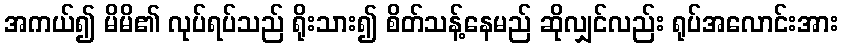
အကယ်၍ မိမိ၏ လုပ်ရပ်သည် ရိုးသား၍ စိတ်သန့်နေမည် ဆိုလျှင်လည်း ရုပ်အလောင်းအား